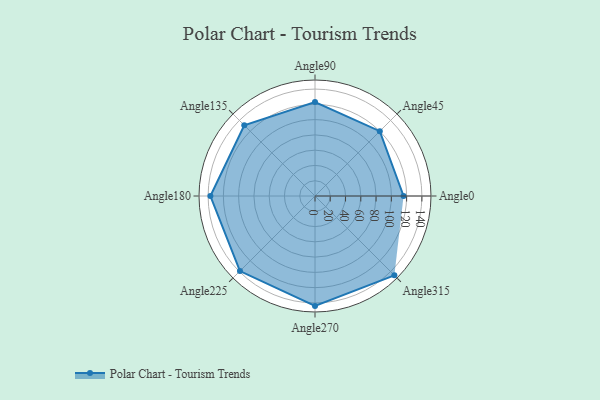
{"axis": {"x": "Angle", "y": "Radius"}, "legend": [""], "data": [{"x": "Angle0", "y": 116.0, "type": ""}, {"x": "Angle45", "y": 120.0, "type": ""}, {"x": "Angle90", "y": 123.0, "type": ""}, {"x": "Angle135", "y": 131.0, "type": ""}, {"x": "Angle180", "y": 137.0, "type": ""}, {"x": "Angle225", "y": 139.0, "type": ""}, {"x": "Angle270", "y": 144.0, "type": ""}, {"x": "Angle315", "y": 147.0, "type": ""}]}